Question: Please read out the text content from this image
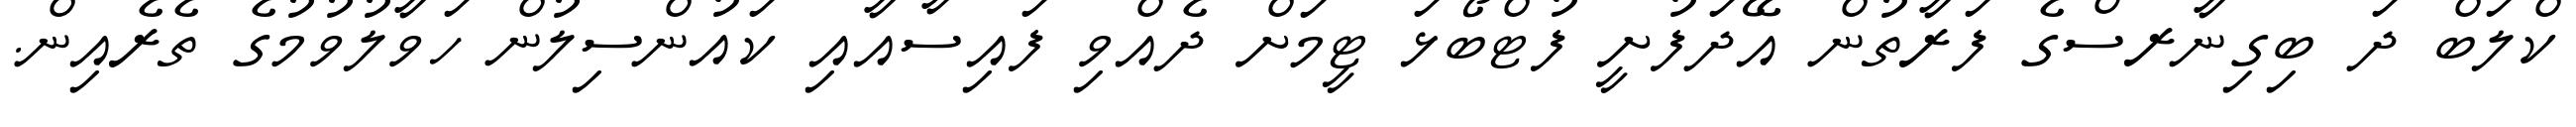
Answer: ކްލަބް ދަ ބިގިނާރސްގެ ފަރާތުން އޭދަފުށީ ފުޓްބޯޅަ ޓީމަށް ދެއްވި ފައިސާއާއި ކައުންސިލުން ހަވާލުވުމުގެ ތެރެއިން.